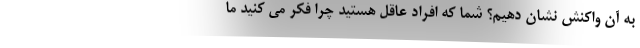
به آن واکنش نشان دهیم؟ شما که افراد عاقل هستید چرا فکر می کنید ما